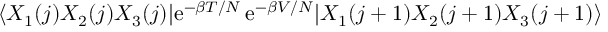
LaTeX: \langle X _ { 1 } ( j ) X _ { 2 } ( j ) X _ { 3 } ( j ) | \mathrm { e } ^ { - \beta T / N } \, \mathrm { e } ^ { - \beta V / N } | X _ { 1 } ( j + 1 ) X _ { 2 } ( j + 1 ) X _ { 3 } ( j + 1 ) \rangle \,